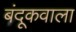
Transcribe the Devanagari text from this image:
बंदूकवाला